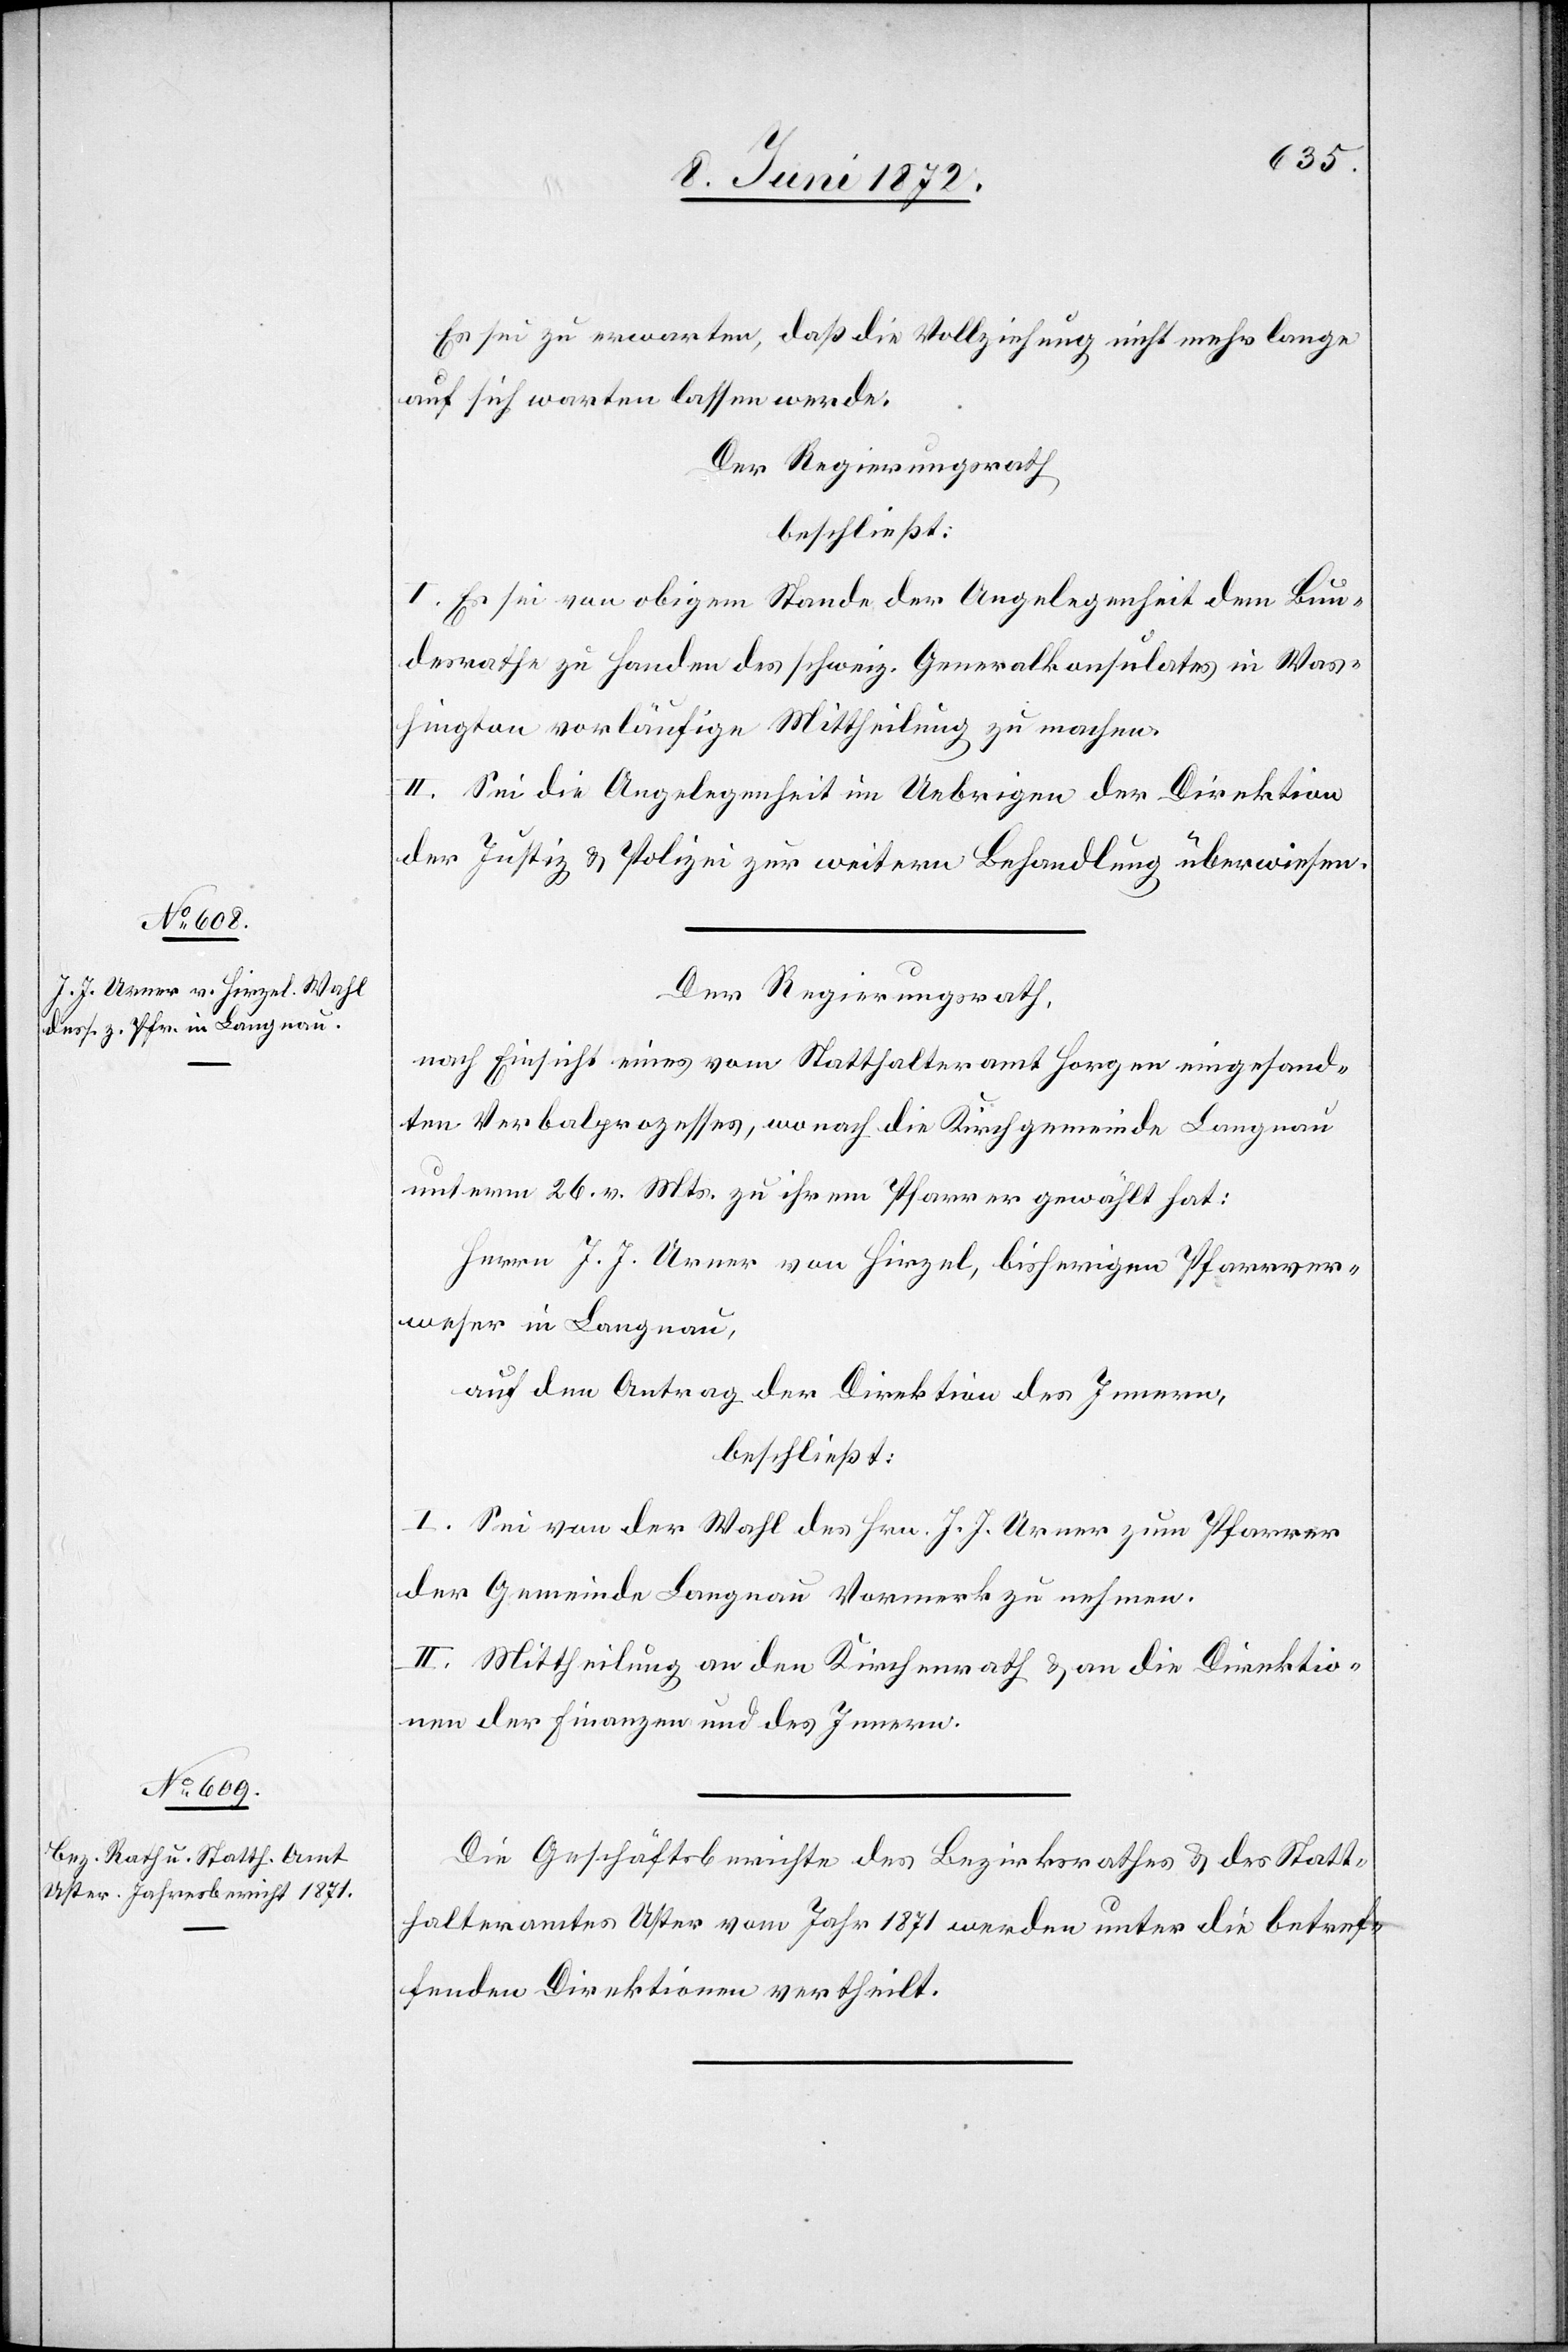
Es sei zu erwarten, daß die Vollziehung nicht mehr lange
auf sich warten lassen werde.
Der Regierungsrath
beschließt:
I. Es sei von obigem Stande der Angelegenheit dem Bun¬
desrathe zu Handen des schweiz. Generalkonsulates in Was¬
hington vorläufige Mittheilung zu machen.
II. Sei die Angelegenheit im Uebrigen der Direktion
der Justiz u. Polizei zur weitern Behandlung überwiesen.
Der Regierungsrath,
nach Einsicht eines vom Statthalteramt Horgen eingesand¬
ten Verbalprozesses, wonach die Kirchgemeinde Langnau
unterm 26. v. Mts. zu ihrem Pfarrer gewählt hat:
Herrn J. J. Urner von Hirzel, bisherigen Pfarrver¬
weser in Langnau,
auf den Antrag der Direktion des Innern,
beschließt:
I. Sei von der Wahl des Hrn. J. J. Urner zum Pfarrer
der Gemeinde Langnau Vormerk zu nehmen.
II. Mittheilung an den Kirchenrath u. an die Direktio¬
nen der Finanzen und des Innern.
Die Geschäftsberichte des Bezirksrathes u. des Statt¬
halteramtes Uster vom Jahr 1871 werden unter die betref¬
fenden Direktionen vertheilt.